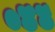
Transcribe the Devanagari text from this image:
०४४